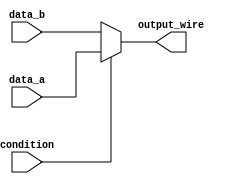
module ConditionalContinuousAssignment (
    input wire condition,   // Condition signal
    input wire data_a,      // First data signal
    input wire data_b,      // Second data signal
    output wire output_wire  // Output wire
);

// Continuous assignment using ternary operator
assign output_wire = (condition) ? data_a : data_b;

endmodule